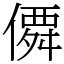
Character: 僲